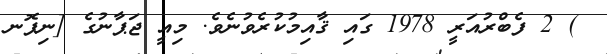
) 2 ފެބްރުއަރީ 1978 ގައި ޤާއިމުކުރެވުނެވެ. މިއީ ޖަޕާނުގެ [ނިޕޮނ